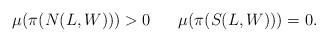
LaTeX: \begin{align*}\begin{array}{ccc}\mu(\pi(N(L,W)))>0 & & \mu(\pi(S(L,W)))=0.\end{array}\end{align*}